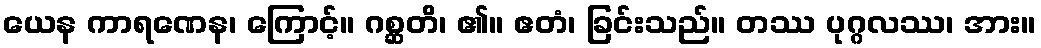
ယေန ကာရဏေန၊ ကြောင့်။ ဂစ္ဆတိ၊ ၏။ ဧတံ၊ ခြင်းသည်။ တဿ ပုဂ္ဂလဿ၊ အား။